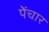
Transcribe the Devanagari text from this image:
पेंचार